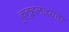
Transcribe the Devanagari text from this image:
कुतूहलाच्याच